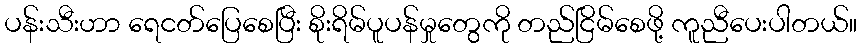
ပန်းသီးဟာ ရေငတ်ပြေစေပြီး စိုးရိမ်ပူပန်မှုတွေကို တည်ငြိမ်စေဖို့ ကူညီပေးပါတယ်။